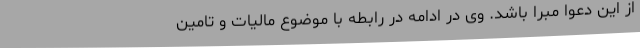
از این دعوا مبرا باشد. وی در ادامه در رابطه با موضوع مالیات و تامین